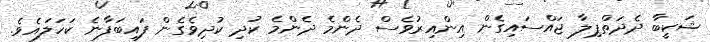
ޝަކީބާ ދެދަތްޕިލާ ޖައްސައިގެން އިންއިރުވެސް ދެންމެ ދެންމެ ކުދި ކުދިވެގެން ފައިބަފާނެ ކަހަލައެވެ.